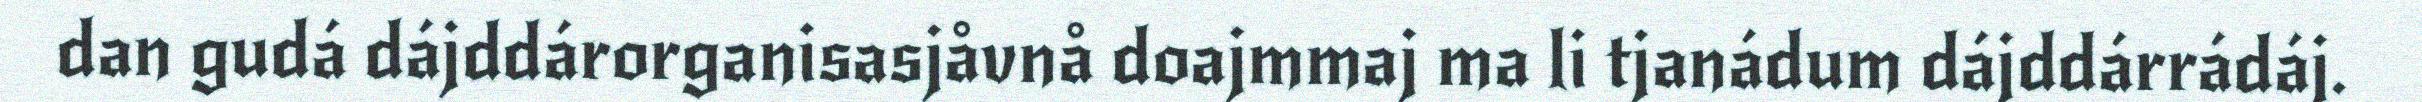
dan gudá dájddárorganisasjåvnå doajmmaj ma li tjanádum dájddárrádáj.